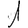
Digit: 1